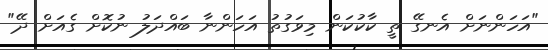
"އަހަންނަށް އެނގޭ ތީ ކާކުކަން މިވަގުތު އަހަންނާ ބައްދަލު ނުކޮށް ގެއަށް ދޭ"